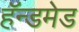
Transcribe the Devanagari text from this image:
हॅन्डमेड